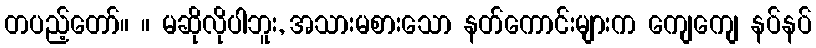
တပည့်တော်။ ။ မဆိုလိုပါဘူး, အသားမစားသော နတ်ကောင်းများက ကျေကျေ နပ်နပ်